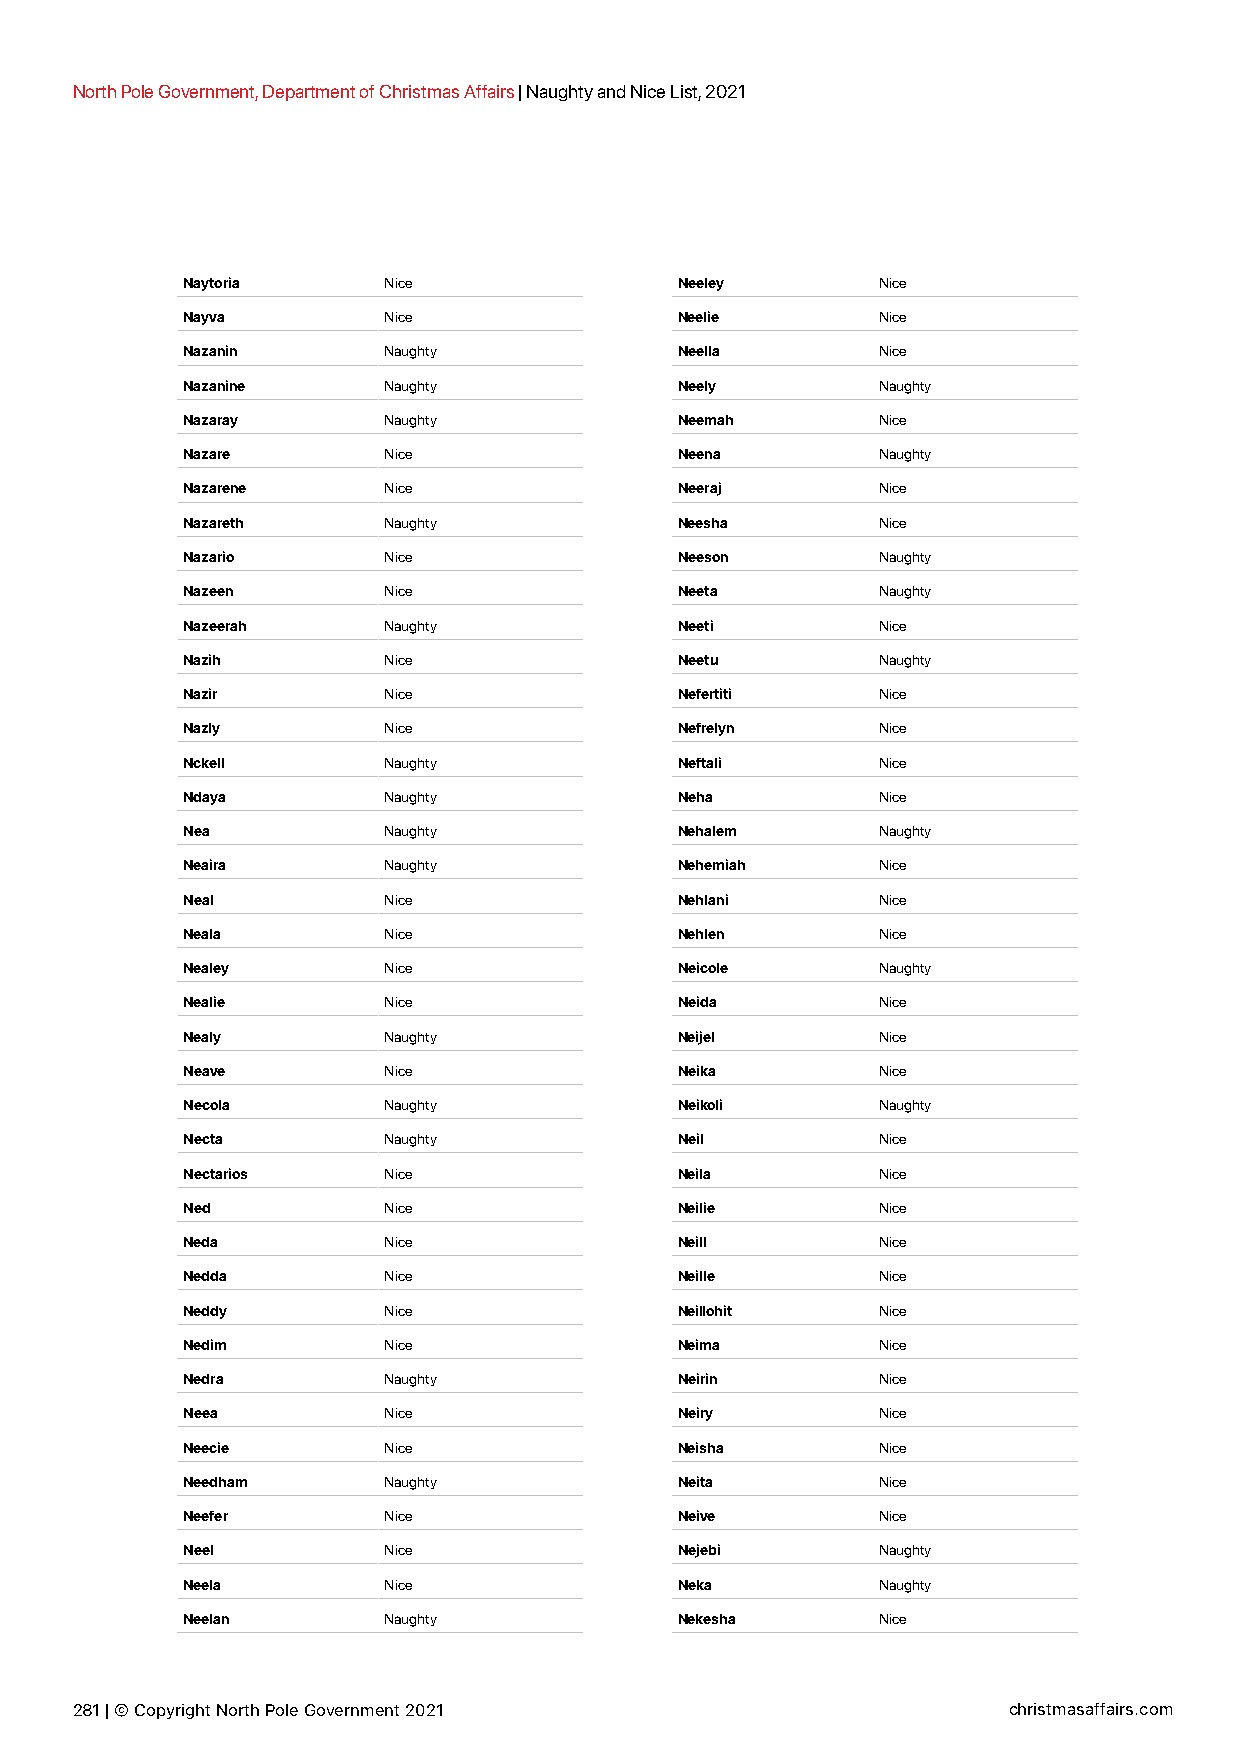
North Pole Government, Department of Christmas Affairs | Naughty and Nice List, 2021
 Naytoria     Nice                Neeley       Nice
 Nayva        Nice                Neelie       Nice
 Nazanin      Naughty             Neella       Nice
 Nazanine     Naughty             Neely        Naughty
 Nazaray      Naughty             Neemah       Nice
 Nazare       Nice                Neena        Naughty
 Nazarene     Nice                Neeraj       Nice
 Nazareth     Naughty             Neesha       Nice
 Nazario      Nice                Neeson       Naughty
 Nazeen       Nice                Neeta        Naughty
 Nazeerah     Naughty             Neeti        Nice
 Nazih        Nice                Neetu        Naughty
 Nazir        Nice                Nefertiti    Nice
 Nazly        Nice                Nefrelyn     Nice
 Nckell       Naughty             Neftali      Nice
 Ndaya        Naughty             Neha         Nice
 Nea          Naughty             Nehalem      Naughty
 Neaira       Naughty             Nehemiah     Nice
 Neal         Nice                Nehlani      Nice
 Neala        Nice                Nehlen       Nice
 Nealey       Nice                Neicole      Naughty
 Nealie       Nice                Neida        Nice
 Nealy        Naughty             Neijel       Nice
 Neave        Nice                Neika        Nice
 Necola       Naughty             Neikoli      Naughty
 Necta        Naughty             Neil         Nice
 Nectarios    Nice                Neila        Nice
 Ned          Nice                Neilie       Nice
 Neda         Nice                Neill        Nice
 Nedda        Nice                Neille       Nice
 Neddy        Nice                Neillohit    Nice
 Nedim        Nice                Neima        Nice
 Nedra        Naughty             Neirin       Nice
 Neea         Nice                Neiry        Nice
 Neecie       Nice                Neisha       Nice
 Needham      Naughty             Neita        Nice
 Neefer       Nice                Neive        Nice
 Neel         Nice                Nejebi       Naughty
 Neela        Nice                Neka         Naughty
 Neelan       Naughty             Nekesha      Nice
 281 | © Copyright North Pole Government 2021                  christmasaffairs.com